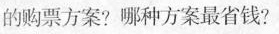
的购票方案?哪种方案最省钱?